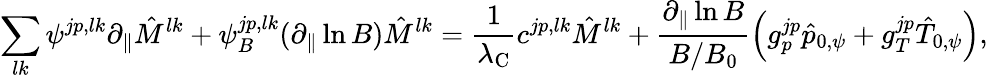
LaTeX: \sum_{lk}\psi^{jp,lk}\partial_{\| }\hat{M}^{lk}+\psi_{B}^{jp,lk}(\partial_{\| }\ln B)\hat{M}^{lk}=\frac{1}{\lambda_{\mathrm{C}}}c^{jp,lk}\hat{M}^{lk}+\frac{\partial_{\| }\ln B}{B/B_{0}}\left(g_{p}^{jp}\hat{p}_{0,\psi}+g_{T}^{jp}\hat{T}_{0,\psi}\right),